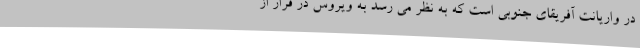
در واریانت آفریقای جنوبی است که به نظر می رسد به ویروس در فرار از